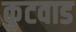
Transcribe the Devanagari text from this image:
कुटवाड